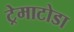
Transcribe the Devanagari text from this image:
ट्रेमाटोडा